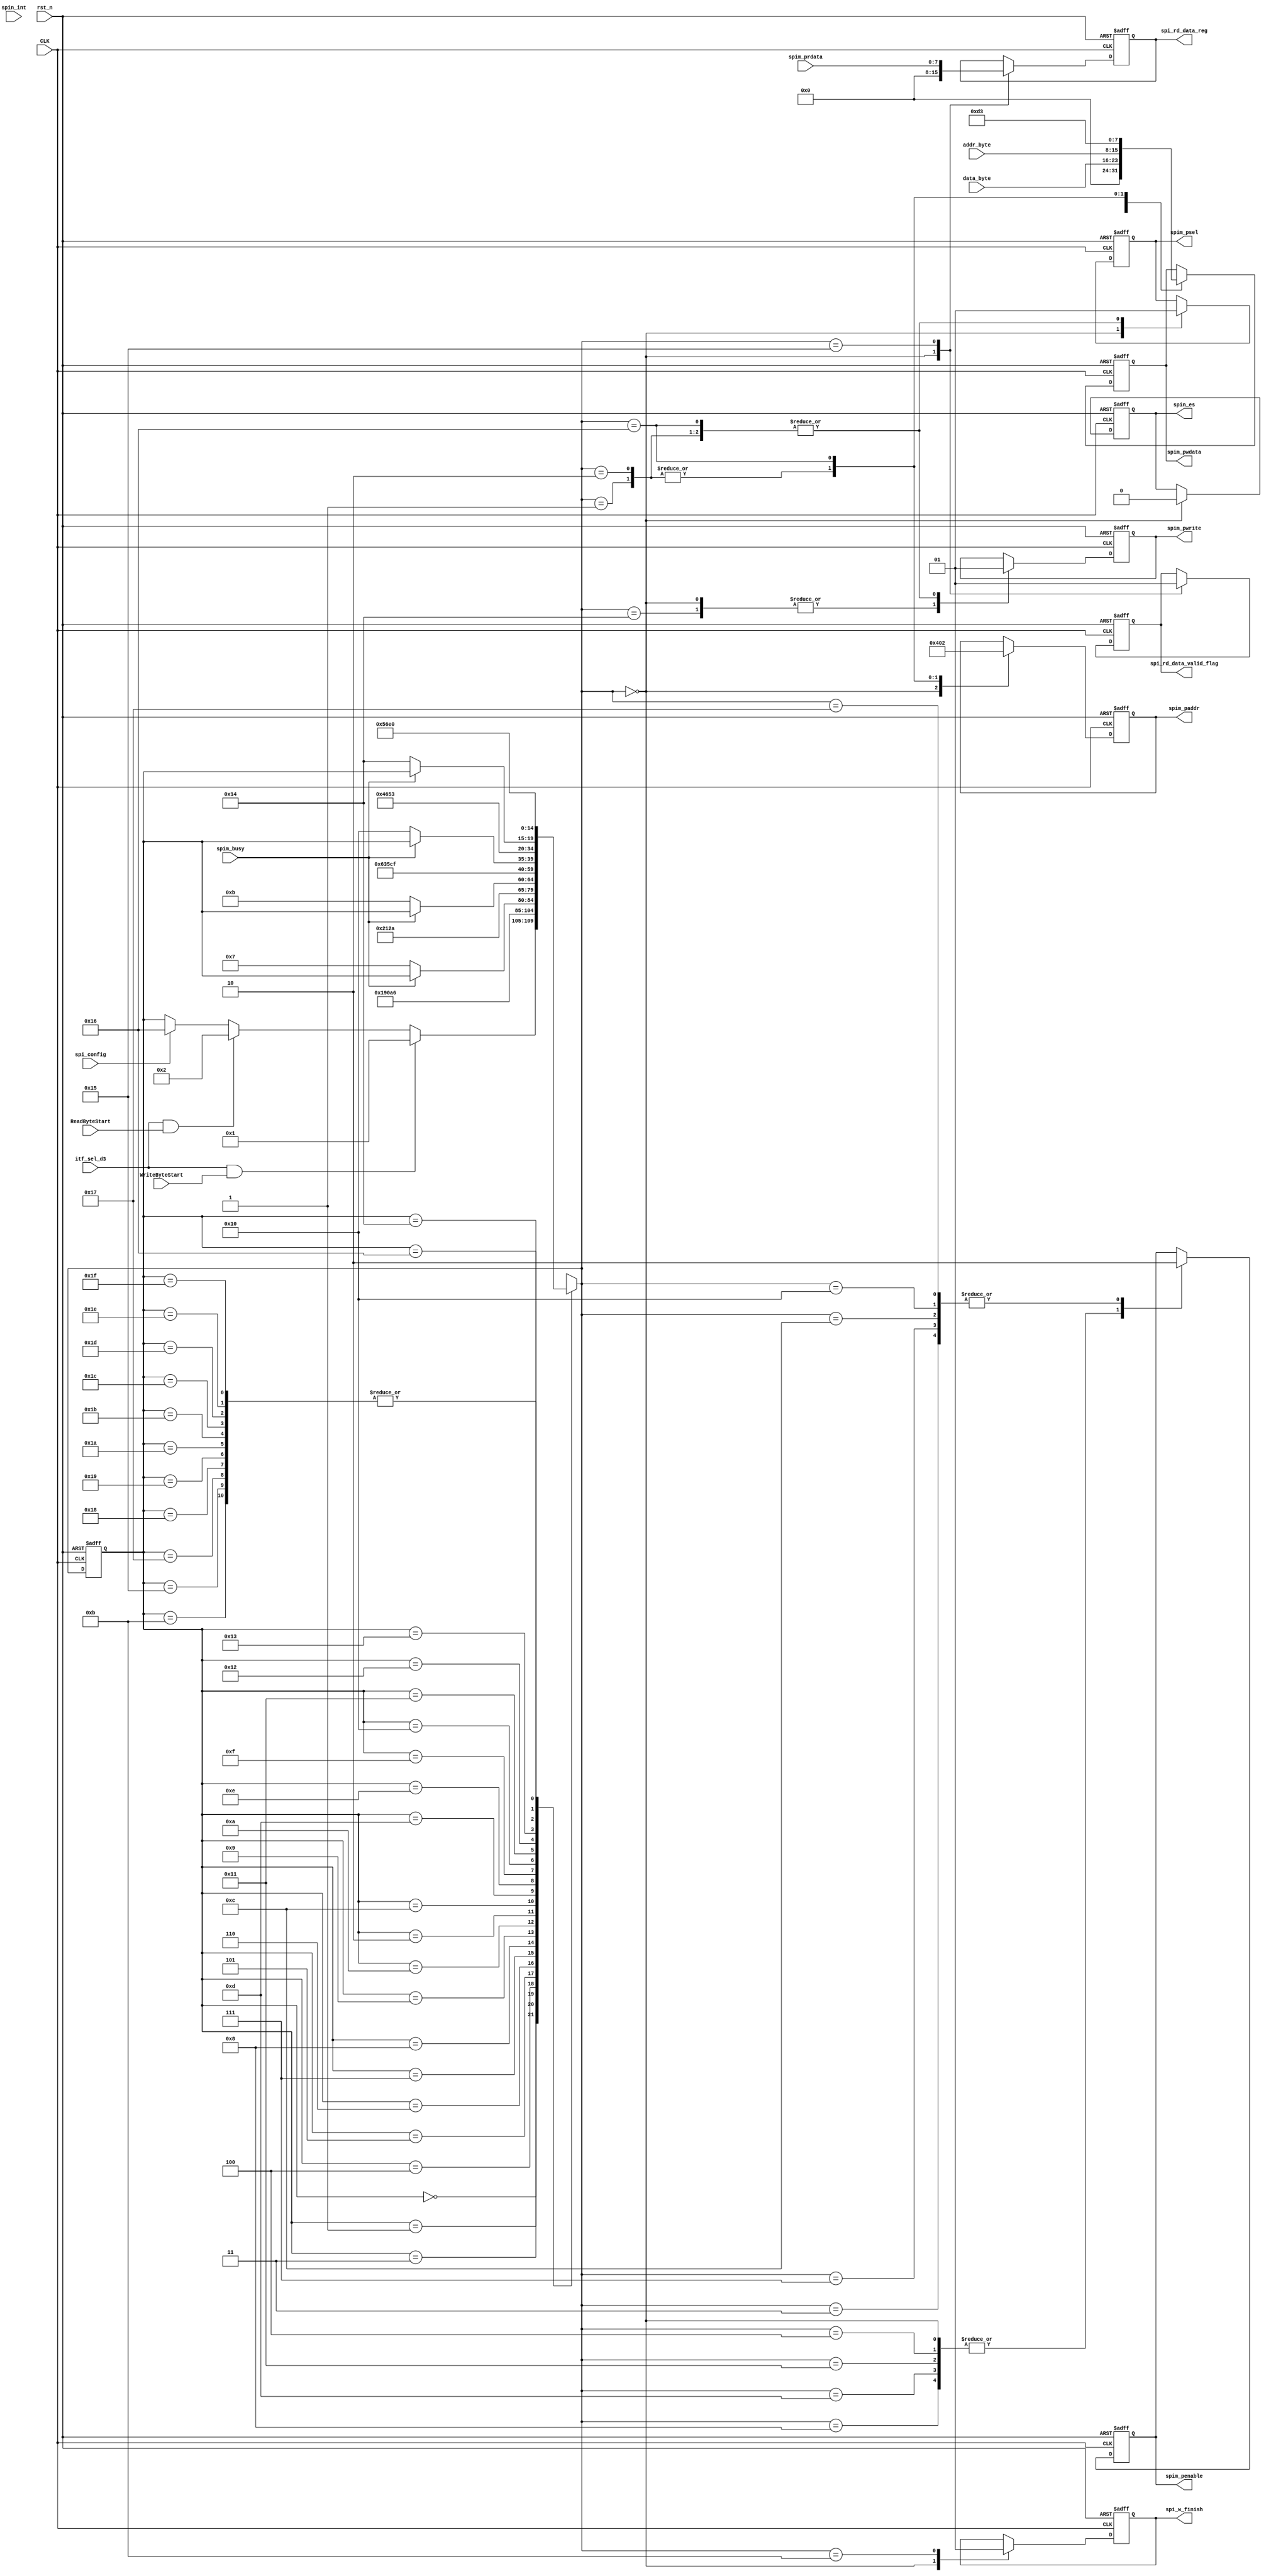
// =============================================================================
// Affiliation: Hong Kong University of Science and Technonlogy
// =============================================================================
//---------- SPI Master Write/Read 1 byte ----------- //
module fpga_spimaster_tx (
    input  wire         CLK,      // process clock
    input  wire         rst_n,    // reset of process clcok
    // --- Interface with fpga_tx_control.v ---//
    input wire          itf_sel_d3,            // Selection of itf 
    input wire   [7:0]  addr_byte,             // Addr received from FIFO
    input wire   [7:0]  data_byte,             // Data received from FIFO
    input wire          WriteByteStart,
    input wire          ReadByteStart,
    input wire          spi_config,    

    output reg          spi_w_finish,
    output reg   [7:0]  spi_rd_data_reg,
    output reg          spi_rd_data_valid_flag,
    // Interface to fpga_itf_top: SPI
    input wire          spim_busy,  
    input wire [7:0]    spim_prdata,
    input wire          spin_int,
    // output
    output  reg         spim_psel,
    output  reg         spim_penable,
    output  reg         spim_pwrite,
    output  reg  [7:0]  spim_paddr,
    output  reg  [7:0]  spim_pwdata,
    output  reg         spin_es
);
// =============================================================================
    reg [4:0] state_spi;
    reg [4:0] state_spi_next;   

    wire start_write;
    wire start_read;

    assign start_write  = (itf_sel_d3) & WriteByteStart;
    assign start_read   = (itf_sel_d3) & ReadByteStart;

// =============================================================================
////// ----------- Main code --------- ////////
localparam STATE_IDLE           = 5'd0,
           STATE_WriteSelect    = 5'd1,    
           STATE_ReadSelect     = 5'd2,    
           STATE_WriteAddr      = 5'd3,
           STATE_WriteWaitA0    = 5'd4,
           STATE_WriteWaitA1    = 5'd5,
           STATE_WriteWaitA2    = 5'd6,
           STATE_WriteData      = 5'd7,
           STATE_WriteWaitB0    = 5'd8,
           STATE_WriteWaitB1    = 5'd9,
           STATE_WriteWaitB2    = 5'd10,
           STATE_WriteWaitB3    = 5'd11,

           STATE_ReadSendAddr   = 5'd12,
           STATE_ReadWaitA0     = 5'd13,
           STATE_ReadWaitA1     = 5'd14,
           STATE_ReadWaitA2     = 5'd15,
           STATE_ReadSendData   = 5'd16,
           STATE_ReadWaitB0     = 5'd17,
           STATE_ReadWaitB1     = 5'd18,
           STATE_ReadWaitB2     = 5'd19,
           STATE_ReadAskData    = 5'd20,
           STATE_ReadGetData    = 5'd21,

           STATE_ConfigSelect   = 5'd22,
           STATE_Config         = 5'd23,

           STATE_Occupy24       = 5'd24,
           STATE_Occupy25       = 5'd25,
           STATE_Occupy26       = 5'd26,
           STATE_Occupy27       = 5'd27,
           STATE_Occupy28       = 5'd28,
           STATE_Occupy29       = 5'd29,
           STATE_Occupy30       = 5'd30,
           STATE_Occupy31       = 5'd31;
           
// =============================================================================
// Reset and sequential logic
// =============================================================================
always @(posedge CLK or negedge rst_n) begin
 if (~rst_n) begin
    state_spi      <= STATE_IDLE;
    end 
else begin
    state_spi      <= state_spi_next;
    end
end
// ============================================================================= 
// Next state logic combinational            
// =============================================================================
always @(*) begin
    state_spi_next  = state_spi;  // Combinational logic: Default value
    case (state_spi)
        STATE_IDLE: begin
            if(start_write) begin
                state_spi_next  = STATE_WriteSelect;
            end
            else if (start_read) begin
                state_spi_next  = STATE_ReadSelect;
            end
            else if (spi_config) begin
                state_spi_next  = STATE_ConfigSelect;
            end
        end

        STATE_WriteSelect:begin
            state_spi_next  = STATE_WriteAddr;
        end

        STATE_WriteAddr: begin
            state_spi_next  = STATE_WriteWaitA0;
        end

        STATE_WriteWaitA0: begin
            state_spi_next  = STATE_WriteWaitA1;
        end

        STATE_WriteWaitA1: begin
            state_spi_next  = STATE_WriteWaitA2;
        end

        STATE_WriteWaitA2: begin
            if(~spim_busy) begin
                state_spi_next  = STATE_WriteData;
            end
        end

        STATE_WriteData: begin
            state_spi_next  = STATE_WriteWaitB0;
        end

        STATE_WriteWaitB0: begin
            state_spi_next  = STATE_WriteWaitB1;
        end

        STATE_WriteWaitB1: begin
            state_spi_next  = STATE_WriteWaitB2;
        end

        STATE_WriteWaitB2: begin
            if(~spim_busy) begin
                state_spi_next  = STATE_WriteWaitB3;
            end
        end

        STATE_WriteWaitB3: begin
            state_spi_next  = STATE_IDLE;
        end

        STATE_ReadSelect: begin
            state_spi_next  = STATE_ReadSendAddr;
        end

        STATE_ReadSendAddr: begin
            state_spi_next  = STATE_ReadWaitA0;
        end

        STATE_ReadWaitA0: begin
            state_spi_next  = STATE_ReadWaitA1;
        end

        STATE_ReadWaitA1: begin
            state_spi_next  = STATE_ReadWaitA2;
        end

        STATE_ReadWaitA2: begin
            if (~spim_busy) begin
                state_spi_next  = STATE_ReadSendData;
            end
        end

        STATE_ReadSendData: begin   // Send dummy data for shifting out results
            state_spi_next  = STATE_ReadWaitB0;
        end

        STATE_ReadWaitB0: begin
            state_spi_next  = STATE_ReadWaitB1;
        end

        STATE_ReadWaitB1: begin
            state_spi_next  = STATE_ReadWaitB2;
        end

        STATE_ReadWaitB2: begin
            if (~spim_busy) begin
                state_spi_next  = STATE_ReadAskData;
            end
        end

        STATE_ReadAskData: begin
            state_spi_next  = STATE_ReadGetData;
        end

        STATE_ReadGetData: begin
            state_spi_next  = STATE_IDLE;
        end

        STATE_ConfigSelect: begin
            state_spi_next  = STATE_Config;
        end

        STATE_Config: begin
            state_spi_next  = STATE_IDLE;
        end

        STATE_Occupy24: state_spi_next  = STATE_IDLE;
        STATE_Occupy25: state_spi_next  = STATE_IDLE;
        STATE_Occupy26: state_spi_next  = STATE_IDLE;
        STATE_Occupy27: state_spi_next  = STATE_IDLE;
        STATE_Occupy28: state_spi_next  = STATE_IDLE;
        STATE_Occupy29: state_spi_next  = STATE_IDLE;
        STATE_Occupy30: state_spi_next  = STATE_IDLE;
        STATE_Occupy31: state_spi_next  = STATE_IDLE;

    endcase
end
// ============================================================================= 
// Output logic             
// =============================================================================
always @(posedge CLK or negedge rst_n) begin
    if (~rst_n) begin
        // --- Interface with fpga_tx_control.v ---  //
        spi_rd_data_reg          <= 8'd0;
        spi_rd_data_valid_flag   <= 1'b0;
        // --- Interface to fpga_itf_top: I2C Master-outputs --- //
        spim_psel       <= 1'b0;     // Selection
        spim_penable    <= 1'b1;     // Enable pulse: active 0
        spim_pwrite     <= 1'b0;     // Write: enable 1
        spim_paddr      <= 8'd0;     // Addr
        spim_pwdata     <= 8'd0;     // Data
        spin_es         <= 1'b0;
        spi_w_finish    <= 1'b0;
    end
    else begin
        case (state_spi_next)
            STATE_IDLE: begin
                // --- Interface with fpga_tx_control.v ---  //
                spi_rd_data_reg          <= 8'd0;
                spi_rd_data_valid_flag   <= 1'b0;
                // --- Interface to fpga_itf_top: I2C Master-outputs --- //
                spim_psel       <= 1'b0;     // Selection
                spim_penable    <= 1'b1;     // Enable pulse: active 0
                spim_pwrite     <= 1'b0;     // Write: enable 1
                spim_paddr      <= 8'd0;     // Addr
                spim_pwdata     <= 8'd0;     // Data
                spin_es         <= 1'b0;  
                spi_w_finish    <= 1'b0;
            end

            STATE_WriteSelect: begin
                spim_psel       <= 1'b1;         // Selection
                spim_pwrite     <= 1'b1;         // Write: enable 1
                spim_paddr      <= 8'h04;        // SPDR_ADDR
                spim_pwdata     <= addr_byte;    // Addr to be transferred
            end
            
            STATE_WriteAddr: begin
                spim_penable    <= 1'b0;         // Enable
            end

            STATE_WriteWaitA0: begin
                spim_penable    <= 1'b1;         
                spim_pwdata     <= data_byte;   // Data to be transferred
            end

            STATE_WriteData: begin
                spim_penable    <= 1'b0;         // Enable
            end

            STATE_WriteWaitB0: begin
                spim_penable    <= 1'b1;      
            end

            STATE_WriteWaitB3: begin
               spi_w_finish     <= 1'b1;
            end

            STATE_ReadSelect: begin
                spim_psel       <= 1'b1;         // Selection
                spim_pwrite     <= 1'b1;         // Write addr into spi slave
                spim_paddr      <= 8'h04;        // SPDR_ADDR
                spim_pwdata     <= addr_byte;    // Addr to be transferred
            end

            STATE_ReadSendAddr: begin
                spim_penable    <= 1'b0;         // Enable pulse
            end

            STATE_ReadWaitA0: begin
                spim_penable    <= 1'b1;       
            end

            STATE_ReadSendData: begin
                spim_penable    <= 1'b0;         // Enable pulse up
            end                                  // Send out the same data

            STATE_ReadWaitB0: begin
                spim_penable    <= 1'b1;         
            end

            STATE_ReadAskData: begin
                spim_pwrite     <= 1'b0;         // Read data from SPI Master
            end

            STATE_ReadGetData: begin
                spi_rd_data_reg         <= spim_prdata;
                spi_rd_data_valid_flag  <= 1'b1;
            end

            STATE_ConfigSelect: begin
                spim_psel       <= 1'b1;         // Selection
                spim_pwrite     <= 1'b1;         // Write CONFIG into spi slave
                spim_paddr      <= 8'h02;        // SPCR_ADDR
                spim_pwdata     <= 8'hd3;        // Data to be transferred
            end

            STATE_Config: begin
                spim_penable    <= 1'b0;         // Enable pulse up
            end

        endcase
    end
end


endmodule